Report on the lunatic asylums under the Government of Bombay - 1904-1913
Year: 1904
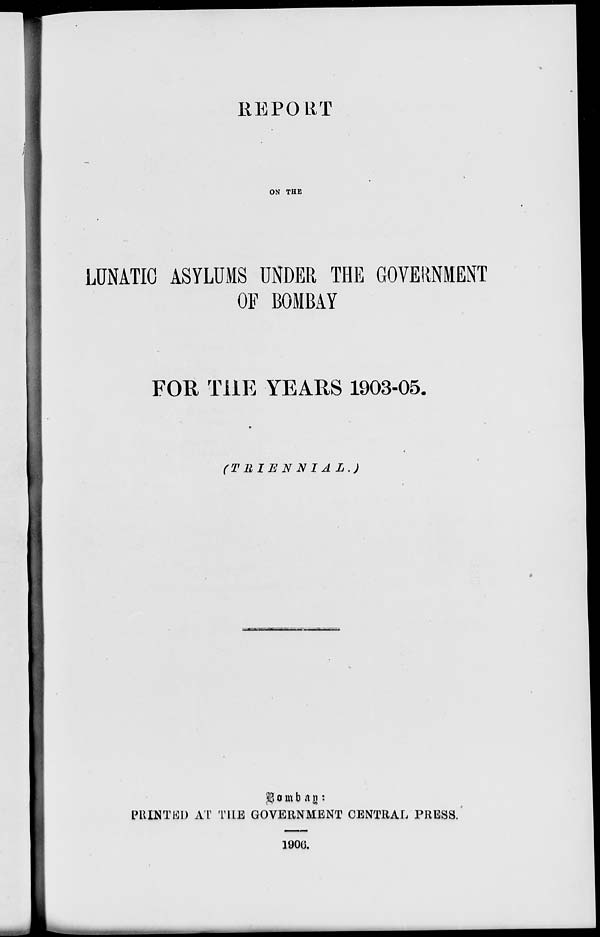
REPORT
ON THE
LUNATIC ASYLUMS UNDER THE GOVERNMENT
OF BOMBAY
FOR THE YEARS 1903-05.
(TRIENNIAL.)
Bombay :
PRINTED AT THE GOVERNMENT CENTRAL PRESS.
1906.